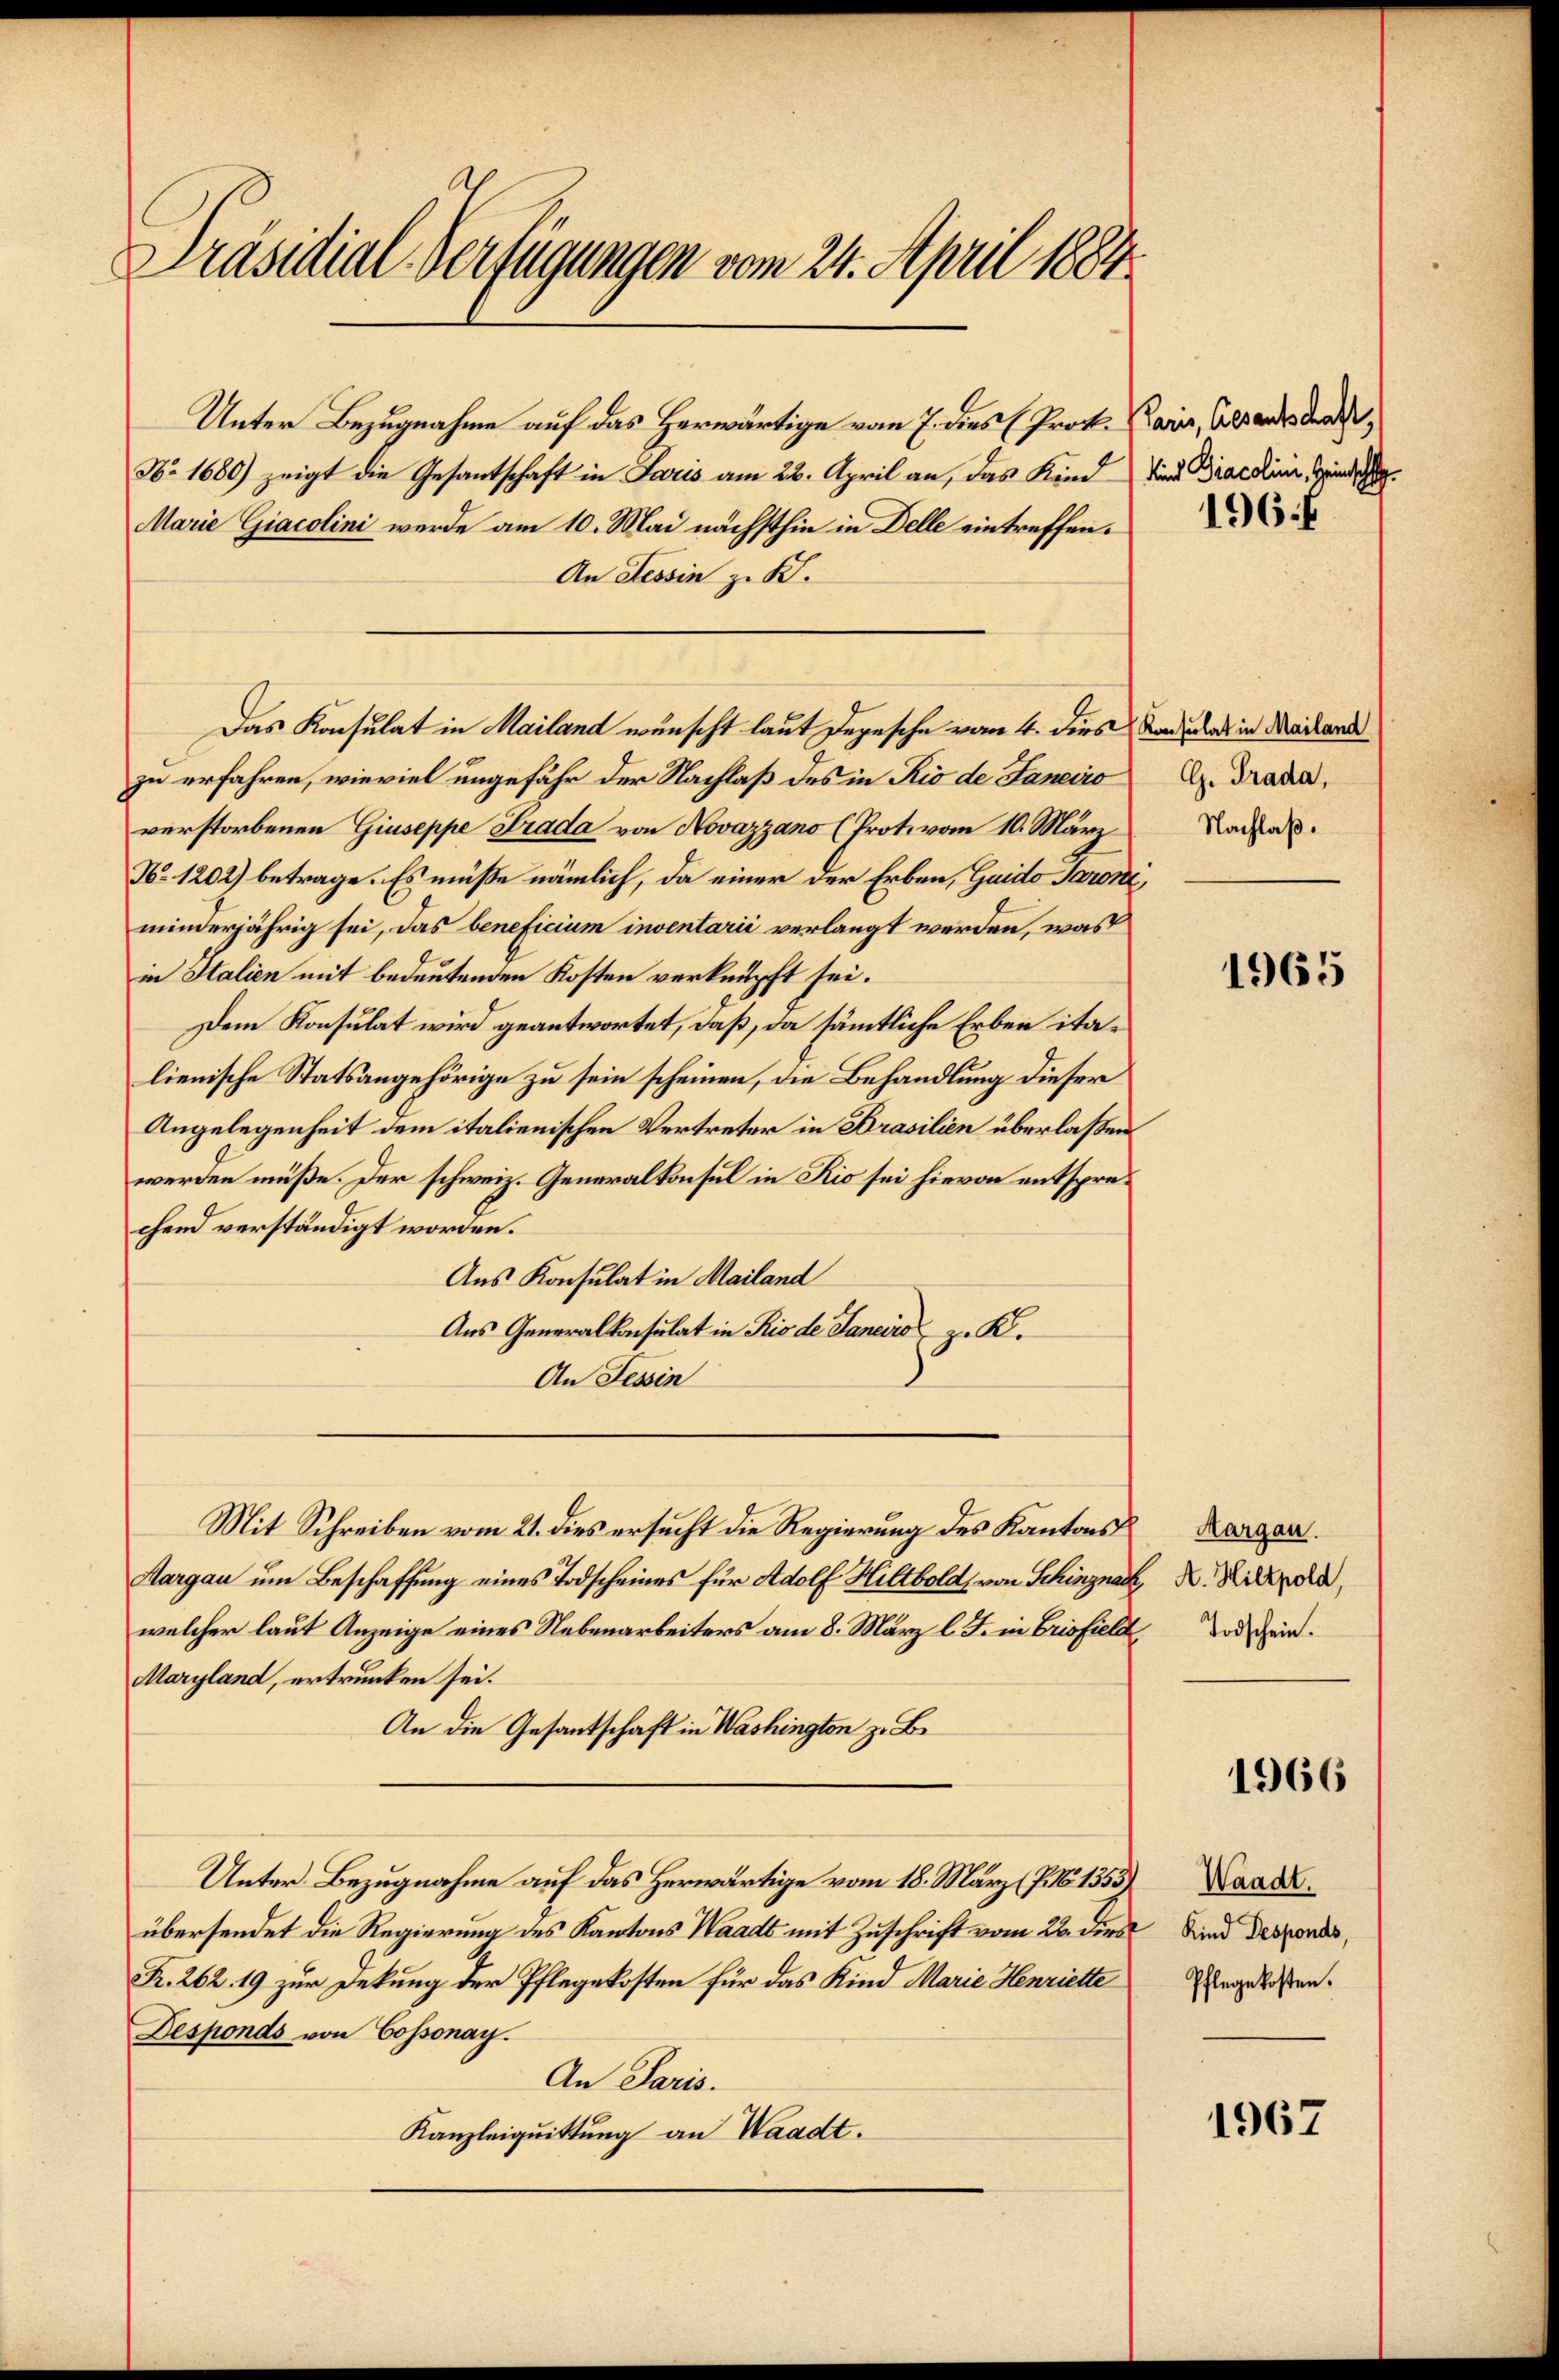
Präsidial-Verfügungen vom 24. April 1884.

Unter Bezugnahme auf das Herwärtige vom 7. dies (Prok. Karn, Altendes der
No 1680) zeigt die Gesantschaft in Paris am 22. April an, das Kind
Marie Giacolini wurde am 10. Mai nächsthin in Delle eintreffen.
An Tessin z. B.
zu erfahren, wieviel ungefähr der Nachlaß des in Rio de Janeiro
verstorbenen Giuseppe Grada von Novazzano (Prot. vom 10. März
No 1202) betrage. Es müße nämlich, da einer der Erben, Guido Saron
minderjährig sei, das beneficium inventarii verlangt werden, was
in Italien mit bedeutenden Kosten verknüpft sei.
Dem Konsulat wird geantwortet, daß, da sämmtliche Erben italienische Statsangehörige zu sein scheinen, die Behandlung dieser
Angelegenheit dem italienischen Vertreter in Brasilien überlaßen
werden müße. Der schweiz. Generalkonsul in Rio sei hievon entsprechend verständigt worden.
Aus Konsulat in Mailand
Aus Generalkonsulat in Rio de Janeiro z. K.
An Tessin
Mit Schreiben vom 21. dies ersucht die Regierung des Kantons
Aargau um Beschaffung eines Todscheines für Adolf Hiltbold, von Schinzna
welcher laut Anzeige eines Nebenarbeiters am 8. März l. J. in Brisfiele
Maryland, ertrunken sei.
An die Gesantschaft in Washington z. B.
Unter Bezugnahme auf das Herwärtige vom 18. März (P. N 1353
übersendet die Regierung des Kantons Waadt mit Zuschrift vom 23. die
R. 262. 19 zur Dekung der Pflegekosten für das Kind Marie Henriette
Desponds von Cossonay.
An Paris.
Kanzleiquittung an Waadt.

Das Konsulat in Mailand wunscht laut Depesche vom 4. dies

Kind Diacolini, Heinschla

196.

Konsulat in Mailand
C. Prada,
Nachlaß.

1965

Margau.
A. Hiltpold,
Todschein.

1966

Waadt.
Kind Desponds,
Pflegekosten.

1967